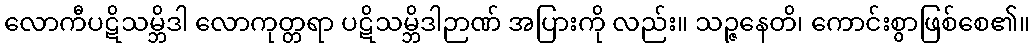
လောကီပဋိသမ္ဘိဒါ လောကုတ္တရာ ပဋိသမ္ဘိဒါဉာဏ် အပြားကို လည်း။ သဉ္ဇနေတိ၊ ကောင်းစွာဖြစ်စေ၏။